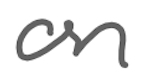
Text: on
Cross-out: clean
Writing tool: digital_gray